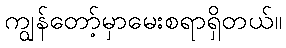
ကျွန်တော့်မှာမေးစရာရှိတယ်။